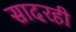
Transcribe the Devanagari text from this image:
सादरही